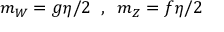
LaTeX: m _ { W } = g \eta / 2 \; \; , \; \; m _ { Z } = f \eta / 2